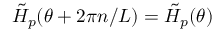
\Tilde { H } _ { p } ( \theta + 2 \pi n / L ) = \Tilde { H } _ { p } ( \theta )